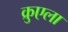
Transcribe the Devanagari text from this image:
क्रुएला